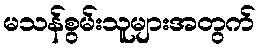
မသန်စွမ်းသူများအတွက်